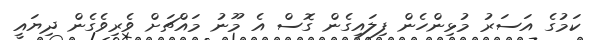
ކަމުގެ އަސަރު މުޅިންހެން ފިލައިގެން ގޮސް އެ މޫނު މައްޗަށް ވެރިވެގެން ދިޔައީ